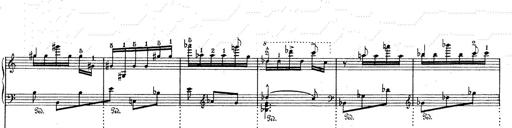
Title: Mephisto Waltz No.1
Composer: Franz Liszt